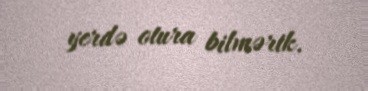
yerdə otura bilmərik.